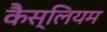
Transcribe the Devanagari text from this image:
कैस्लियम